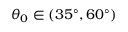
{ \theta _ { 0 } } \in ( 3 5 ^ { \circ } , 6 0 ^ { \circ } )